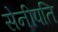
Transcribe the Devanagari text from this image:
सेनीपति